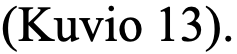
(Kuvio 13).